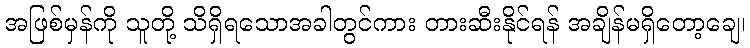
အဖြစ်မှန်ကို သူတို့ သိရှိရသောအခါတွင်ကား တားဆီးနိုင်ရန် အချိန်မရှိတော့ချေ၊